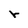
Character: r